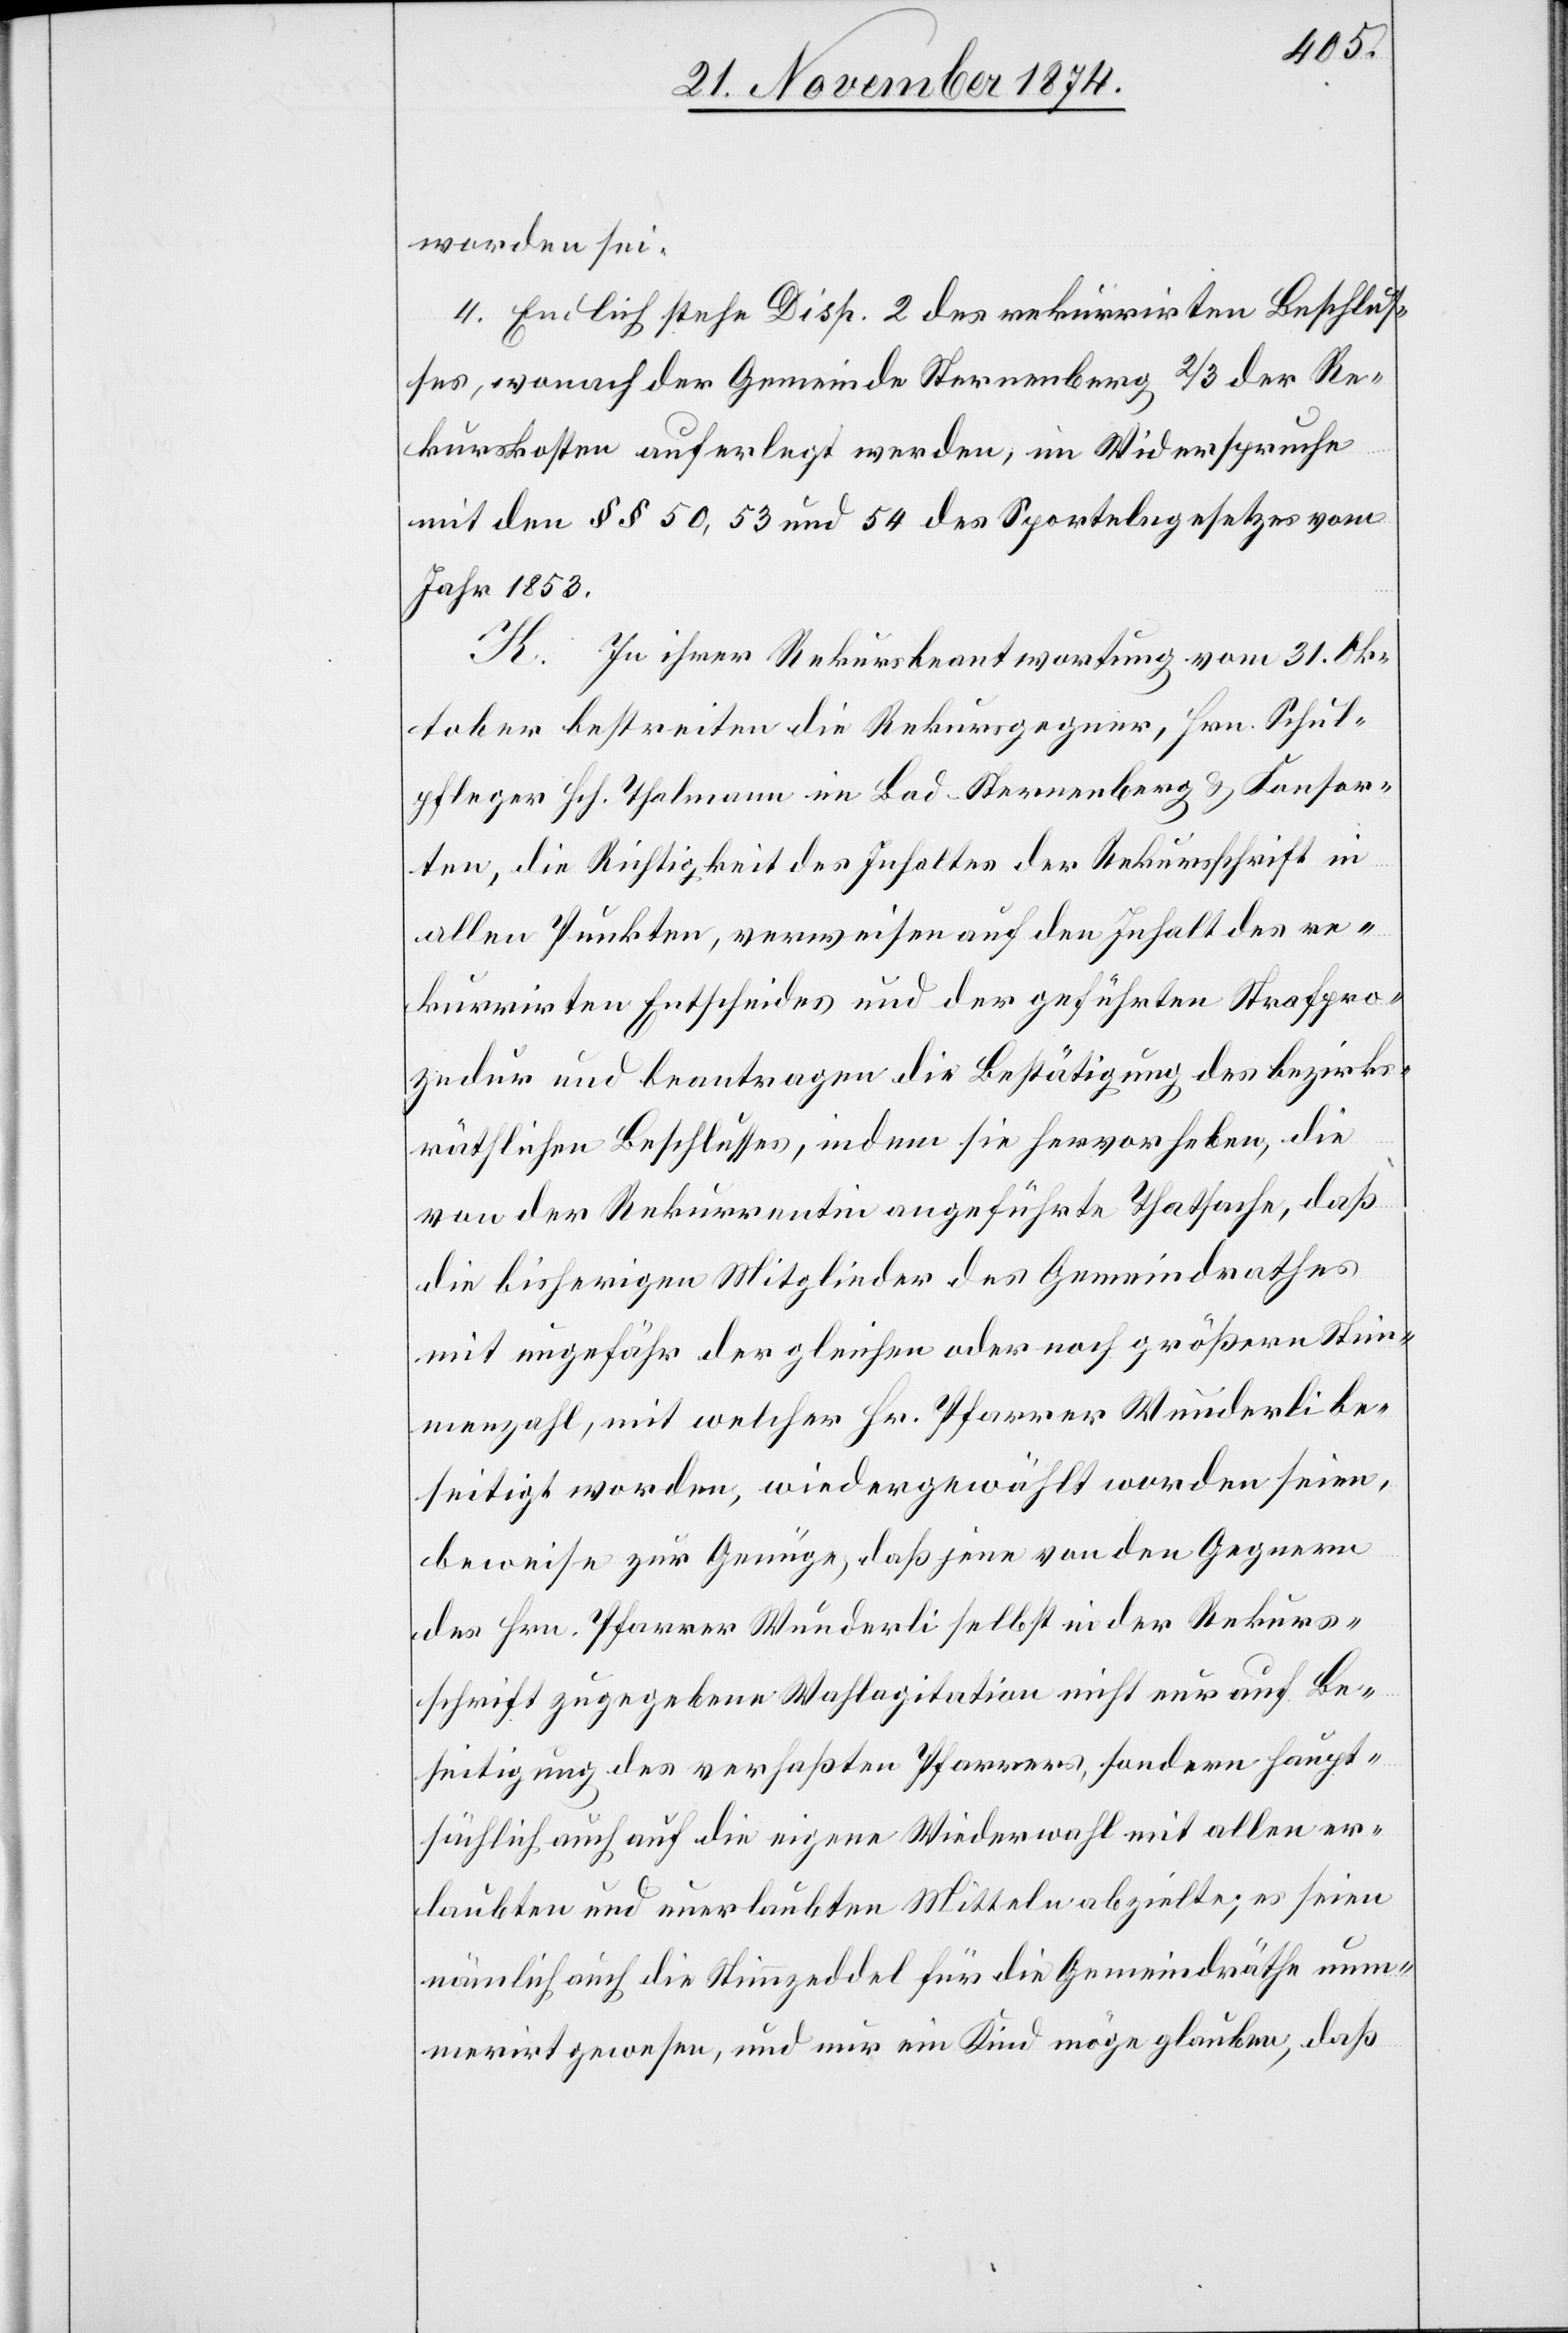
worden sei.
4. Endlich stehe Disp. 2 des rekurrirten Beschlus¬
ses, wonach der Gemeinde Sternenberg 2/3 der Re¬
kurskosten auferlegt werden, im Widerspruche
mit den §§ 50,53 und 54 des Sportelngesetzes vom
Jahr 1853.
K. In ihrer Rekursbeantwortung vom 31. Ok¬
tober bestreiten die Rekursgegner, Hrn. Schul¬
pfleger Hch. Thalmann im Bad-Sternenberg & Konsor¬
ten, die Richtigkeit des Inhaltes der Rekursschrift in
allen Punkten, verweisen auf den Inhalt des re¬
kurrirten Entscheides und der geführten Strafpro¬
zedur und beantragen die Bestätigung des bezirks¬
räthlichen Beschlusses, indem sie hervorheben, die
von der Rekurrentin angeführte Thatsache, daß
die bisherigen Mitglieder des Gemeindrathes
mit ungefähr der gleichen oder noch größern Stim¬
menzahl, mit welcher Hr. Pfarrer Wunderli be¬
seitigt worden, wiedergewählt worden seien,
beweise zur Genüge, daß jene von den Gegnern
des Hrn. Pfarrer Wunderli selbst in der Rekurs¬
schrift zugegebene Wahlagitation nicht nur auf Be¬
seitigung des verhaßten Pfarrers, sondern haupt¬
sächlich auch auf die eigene Wiederwahl mit allen er¬
laubten und unerlaubten Mitteln abzielte; es seien
nämlich auch die Stimmzeddel für die Gemeindräthe num¬
merirt gewesen, und nur ein Kind möge glauben, daß